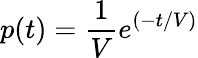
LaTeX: p(t)={\frac{1}{V}}e^{(-t/V)}